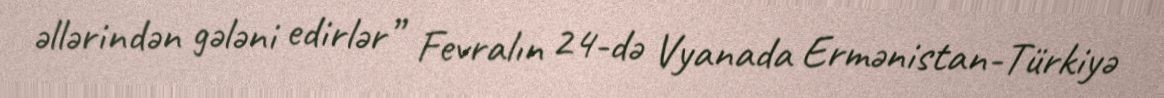
əllərindən gələni edirlər” Fevralın 24-də Vyanada Ermənistan-Türkiyə